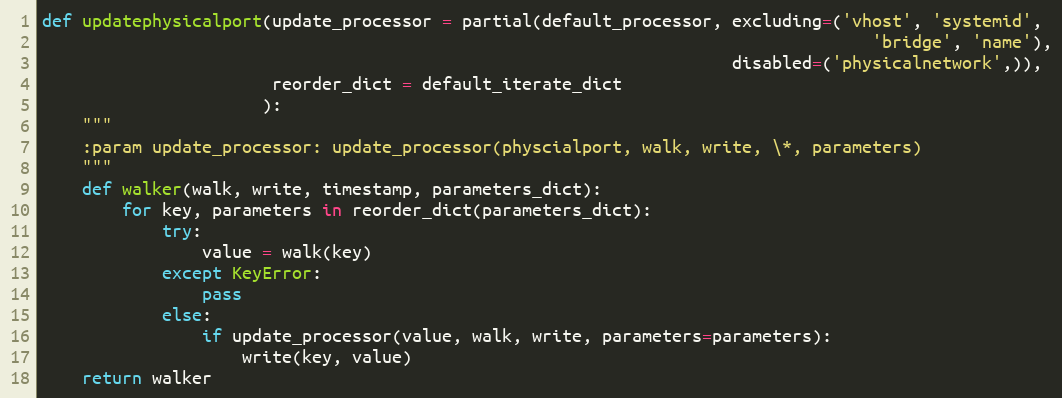
Language: Python
def updatephysicalport(update_processor = partial(default_processor, excluding=('vhost', 'systemid',
                                                                                   'bridge', 'name'),
                                                                     disabled=('physicalnetwork',)),
                       reorder_dict = default_iterate_dict
                      ):
    """
    :param update_processor: update_processor(physcialport, walk, write, \*, parameters)
    """
    def walker(walk, write, timestamp, parameters_dict):
        for key, parameters in reorder_dict(parameters_dict):
            try:
                value = walk(key)
            except KeyError:
                pass
            else:
                if update_processor(value, walk, write, parameters=parameters):
                    write(key, value)
    return walker